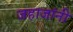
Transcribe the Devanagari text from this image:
जहाजांनी